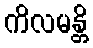
ကိလမန္တိ